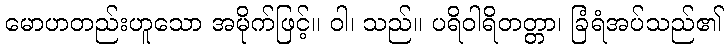
မောဟတည်းဟူသော အမိုက်ဖြင့်။ ဝါ၊ သည်။ ပရိဝါရိတတ္တာ၊ ခြံရံအပ်သည်၏